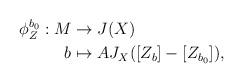
LaTeX: \begin{align*}\begin{aligned} \phi^{b_0}_Z:M&\rightarrow J(X)\\ b&\mapsto AJ_X([Z_b]-[Z_{b_0}]), \end{aligned}\end{align*}